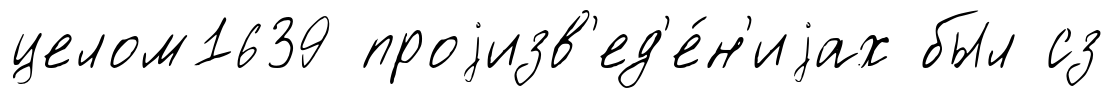
целом1639 проjизв'ед'е́н'иjах был сз